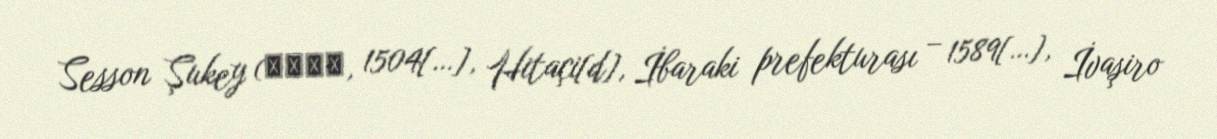
Sesson Şukey (雪村周継, 1504[…], Hitaçi[d], İbaraki prefekturası – 1589[…], İvaşiro